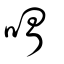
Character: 喟